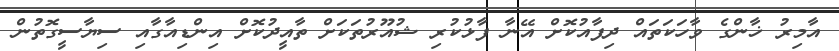
އާމިރު ޚާންގެ ވާހަކަތައް ދިފާއުކޮށް އޭނާ ފާޅުކުރި ޝުއޫރުތަކަށް ތާއީދުކޮށް އިންޑިއާގާއި ސިޔާސީގޮތުން